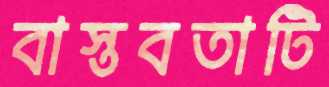
বাস্তবতাটি